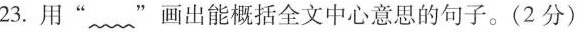
23.用”~”画出能概括全文中心意思的句子。(2分）